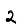
Digit: 2